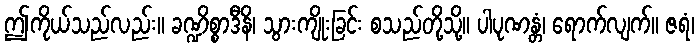
ဤကိုယ်သည်လည်း။ ခဏ္ဍိစ္စာဒီနိ၊ သွားကျိုးခြင်း စသည်တို့သို့။ ပါပုဏန္တံ၊ ရောက်လျက်။ ဇရံ၊